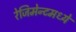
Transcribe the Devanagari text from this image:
रेजिमेन्टमध्ये